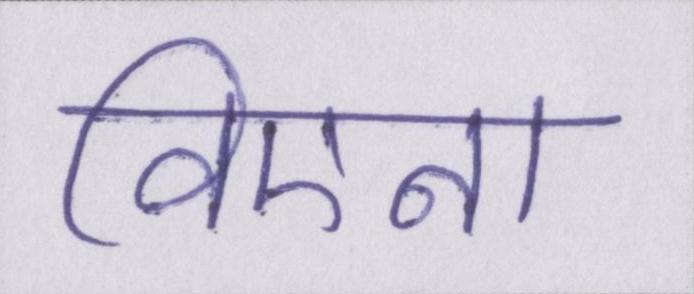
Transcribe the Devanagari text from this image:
विएना